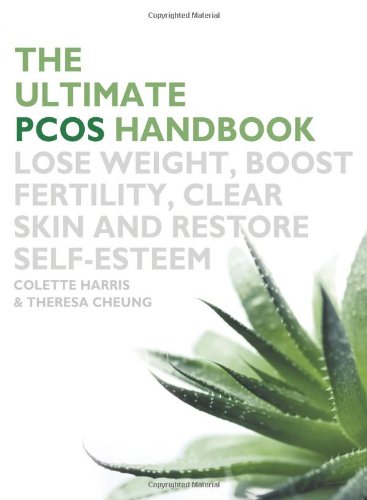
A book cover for The Ultimate PCOS Handbook: Lose Weight, Boost Fertility, Clear Skin and Restore Self-Esteem; Colette Harris; Health, Fitness & Dieting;